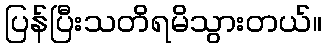
ပြန်ပြီးသတိရမိသွားတယ်။